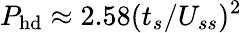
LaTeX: P_{\mathrm{hd}}\approx 2.58(t_{s}/U_{ss})^{2}